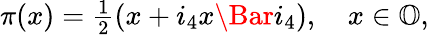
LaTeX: \begin{array}{r}{\pi(x)=\frac{1}{2}(x+i_{4}x\Bar{i_{4}}),\quad x\in\mathbb{O},}\end{array}